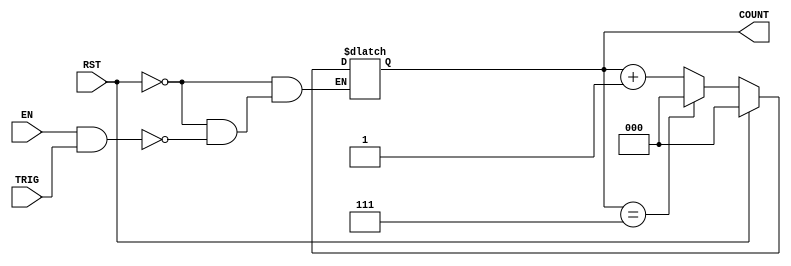
module mod_n_counter (
    input wire EN,         // Enable signal
    input wire RST,        // Reset signal
    input wire TRIG,       // Trigger input signal for counting
    output reg [2:0] COUNT // 3-bit output for counting (0 to 7)
);

    // Asynchronous reset and counting mechanism
    always @* begin
        if (RST) begin
            COUNT = 3'b000; // Reset the count to 0
        end else if (EN && TRIG) begin
            if (COUNT == 3'b111) begin
                COUNT = 3'b000; // Reset to 0 when reaching 7
            end else begin
                COUNT = COUNT + 1; // Increment the count
            end
        end
    end

endmodule